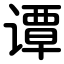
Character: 谭